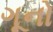
ગૂનો